Indian journal of veterinary science and animal husbandry - Volume 7,
Year: 1937
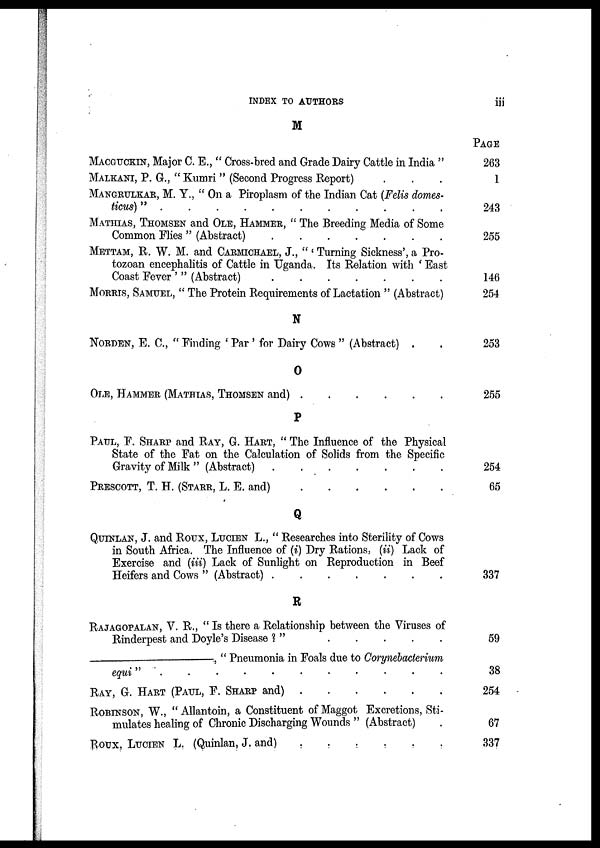
INDEX TO AUTHORS
iii
M
MACGUCKIN, Major C. E., " Cross-bred and Grade Dairy Cattle in India "
MALKANI, P. G., " Kumri " (Second Progress Report)
MANGRULKAR, M. Y., " On a Piroplasm of the Indian Cat (Felis domes-
ticus)"...........
MATHIAS, THOMSEN and OLE, HAMMER, " The Breeding Media of Some
Common Flies " (Abstract)
METTAM, R. W. M. and CARMICHAEL, J., " ' Turning Sickness', a Pro-
tozoan encephalitis of Cattle in Uganda. Its Relation with ' East
Coast Fever ' " (Abstract)
MORRIS, SAMUEL, " The Protein Requirements of Lactation " (Abstract)
N
NORDEN, E. C, " Finding ' Par ' for Dairy Cows " (Abstract) .
O
OLE, HAMMER (MATHIAS, THOMSEN and)
P
PAUL, F. SHARP and RAY, G. HART, " The Influence of the Physical
State of the Fat on the Calculation of Solids from the Specific
Gravity of Milk " (Abstract)
PRESCOTT, T. H. (STARR, L. E. and)
Q
QUINLAN, J. and ROUX, LUCIEN L., " Researches into Sterility of Cows
in South Africa. The Influence of (i) Dry Rations, (ii) Lack of
Exercise and (iii) Lack of Sunlight on Reproduction in Beef
Heifers and Cows " (Abstract)
R
RAJAGOPALAN, V. R., " Is there a Relationship between the Viruses of
Rinderpest and Doyle's Disease ? "
——————,
" Pneumonia in Foals due to Corynebacterium
egui"
RAY, G. HART (PAUL, F. SHARP and)
ROBINSON, W., " Allantoin, a Constituent of Maggot Excretions, Sti-
mulates healing of Chronic Discharging Wounds " (Abstract)
ROUX, LUCIEN L. (Quinlan, J. and)
PAGE
263
1
243
255
146
254
253
255
254
65
337
59
38
254
67
337